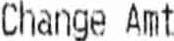
CHANGE AMT